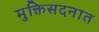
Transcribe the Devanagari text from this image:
मुक्तिसदनात